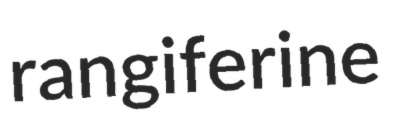
rangiferine